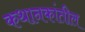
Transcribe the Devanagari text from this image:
कथानकांतील